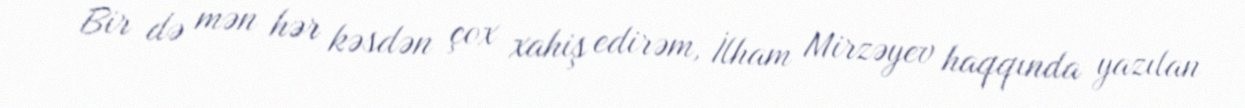
Bir də mən hər kəsdən çox xahiş edirəm, İlham Mirzəyev haqqında yazılan